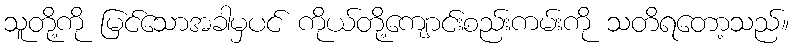
သူတို့ကို မြင်သောအခါမှပင် ကိုယ်တို့ကျောင်းစည်းကမ်းကို သတိရတော့သည်။